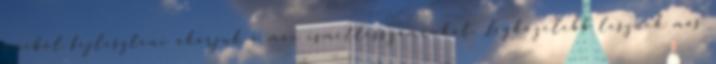
amiből fejleszteni akarjuk a max ismétlésszámunkat. Legközelebb lesznek más